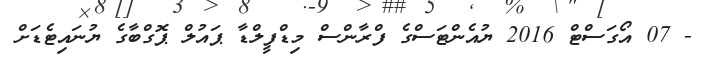
- 07 އޯގަސްޓް 2016 ޔުއެންޓަސްގެ ފްރާންސް މިޑްފީލްޑާ ޕައުލް ޕޮގްބާގެ ޔުނައިޓެޑަށް